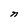
Character: n